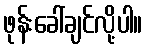
ဖုန်းခေါ်ချင်လို့ပါ။